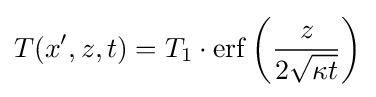
T(x',z,t)=T_{1}\cdot \operatorname {erf} \left({\frac {z}{2{\sqrt {\kappa t}}}}\right)